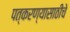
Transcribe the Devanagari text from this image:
पत्करण्यासाठीचे